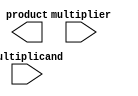
module booth_wallace_multiplier #(
    parameter WIDTH = 8 // Bit width for the operands
) (
    input signed [WIDTH-1:0] multiplicand,
    input signed [WIDTH-1:0] multiplier,
    output signed [(2*WIDTH)-1:0] product
);

    // Internal signals
    reg signed [WIDTH-1:0] pp [0:WIDTH]; // Partial products
    reg [WIDTH:0] booth_encoded; // Booth encoded multiplier
    wire [2*WIDTH-1:0] sum; // Final product
    wire [2*WIDTH-1:0] final_sum; // Final sum after Wallace tree reduction

    // Booth Encoding
    integer i;
    always @(*) begin
        booth_encoded = {1'b0, multiplier}; // Extend multiplier with an extra bit
        for (i = 0; i < WIDTH; i = i + 1) begin
            case (booth_encoded[i+1:i])
                2'b00: pp[i] = 0; // 0
                2'b01: pp[i] = multiplicand; // +1
                2'b10: pp[i] = -multiplicand; // -1
                2'b11: pp[i] = 0; // 0
            endcase
        end
    end

    // Wallace Tree Reduction
    wire [2*WIDTH-1:0] stage1 [0:WIDTH/3]; // First stage outputs
    wire [2*WIDTH-1:0] stage2 [0:WIDTH/3]; // Second stage outputs
    wire [2*WIDTH-1:0] carry; // Carry output

    // Generate partial products
    generate
        genvar j;
        for (j = 0; j < WIDTH; j = j + 1) begin : pp_gen
            assign stage1[j] = pp[j] << j; // Shift partial products
        end
    endgenerate

    // Wallace Tree Reduction Logic
    // Stage 1: Group and reduce
    integer k;
    always @(*) begin
        for (k = 0; k < (WIDTH + 2) / 3; k = k + 1) begin
            // Combine three bits into two using carry-save adders
            // This is a simplified version; actual implementation may vary
            if (k*3 < WIDTH) begin
                stage2[k] = stage1[k*3];
                if (k*3 + 1 < WIDTH) stage2[k] = stage2[k] + stage1[k*3 + 1];
                if (k*3 + 2 < WIDTH) stage2[k] = stage2[k] + stage1[k*3 + 2];
            end
        end
    end

    // Final Addition
    assign final_sum = stage2[0] + stage2[1]; // Simplified final addition
    assign product = final_sum;

endmodule